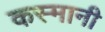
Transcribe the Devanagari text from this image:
कस्मानी